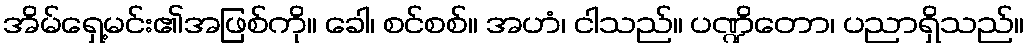
အိမ်ရှေ့မင်း၏အဖြစ်ကို။ ခေါ၊ စင်စစ်။ အဟံ၊ ငါသည်။ ပဏ္ဍိတော၊ ပညာရှိသည်။